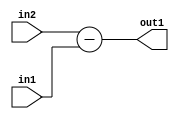
`timescale 1ps / 1ps
/*****************************************************************************
    Verilog RTL Description
    
    
    Created by: Stratus DpOpt 2019.1.01 
*******************************************************************************/

module pw_weight_addr_gen_Sub_16Ux16U_17S_4 (
	in2,
	in1,
	out1
	); /* architecture "behavioural" */ 
input [15:0] in2,
	in1;
output [16:0] out1;
wire [16:0] asc001;

assign asc001 = 
	+(in2)
	-(in1);

assign out1 = asc001;
endmodule

/* CADENCE  ubDzSgg= : u9/ySgnWtBlWxVPRXgAZ4Og= ** DO NOT EDIT THIS LINE ******/